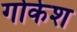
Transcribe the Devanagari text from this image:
गोकेश